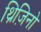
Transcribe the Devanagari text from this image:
थ्रिज़िनो